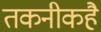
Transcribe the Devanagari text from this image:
तकनीकहै